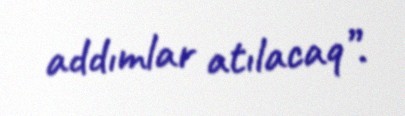
addımlar atılacaq”.